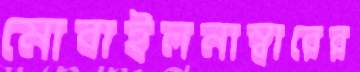
মোবাইলনাম্বারের